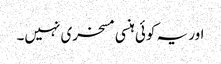
اور یہ کوئی ہنسی مسخری نہیں۔